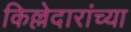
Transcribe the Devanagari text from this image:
किल्लेदारांच्या